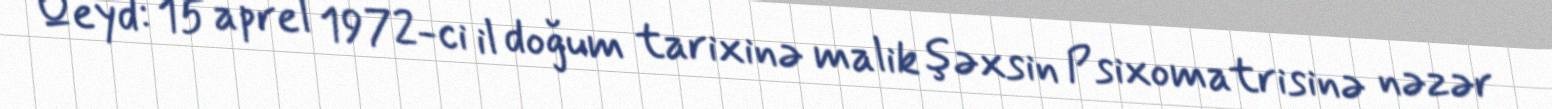
Qeyd: 15 aprel 1972-ci il doğum tarixinə malik şəxsin Psixomatrisinə nəzər